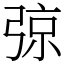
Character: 弶